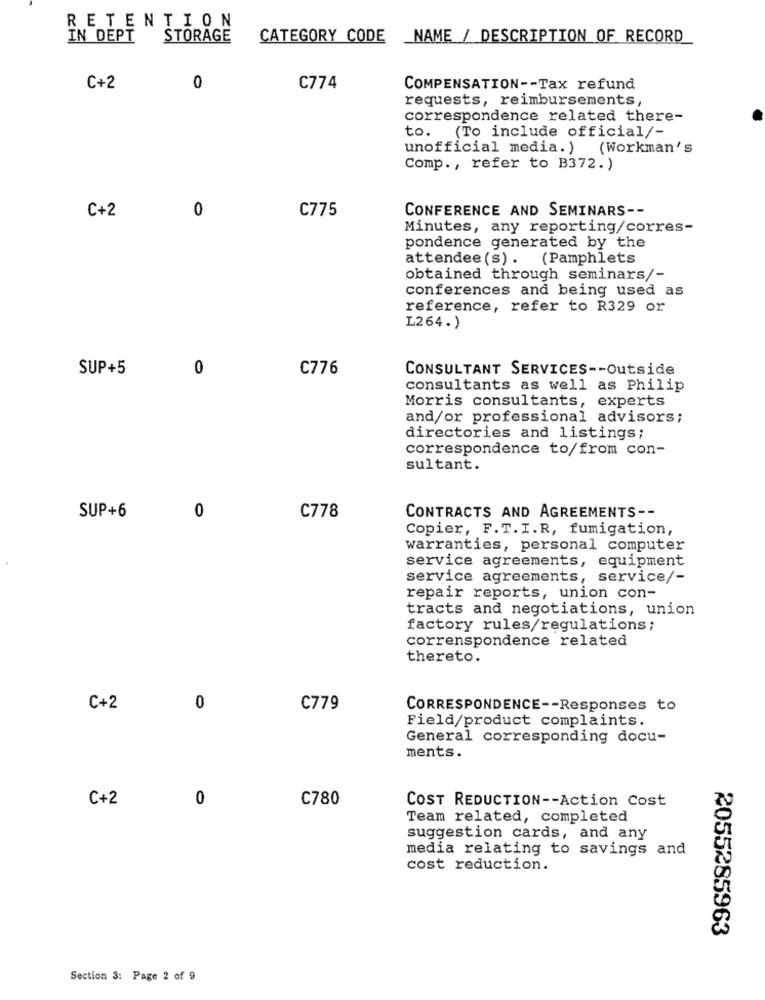
RETENTION
IN DEPT
STORAGE
CATEGORY CODE
NAME / DESCRIPTION OF RECORD
C+2
0
C774
COMPENSATION -- Tax refund
requests, reimbursements,
correspondence related there-
to. (To include official/-
unofficial media.) (Workman's
Comp ., refer to B372.)
0
C775
CONFERENCE AND SEMINARS --
C+2
Minutes, any reporting/corres-
pondence generated by the
attendee(s). (Pamphlets
obtained through seminars/-
conferences and being used as
reference, refer to R329 or
L264.)
SUP+5
0
C776
CONSULTANT SERVICES -- Outside
consultants as well as Philip
Morris consultants, experts
and/or professional advisors;
directories and listings;
correspondence to/from con-
sultant.
SUP+6
0
C778
CONTRACTS AND AGREEMENTS --
Copier, F.T. I.R, fumigation,
warranties, personal computer
service agreements, equipment
service agreements, service/-
repair reports, union con-
tracts and negotiations, union
factory rules/regulations;
correnspondence related
thereto.
C+2
0
C779
CORRESPONDENCE -- Responses to
Field/product complaints.
General corresponding docu-
ments.
C + 2
0
C780
COST REDUCTION -- Action Cost
Team related, completed
suggestion cards, and any
media relating to savings and
cost reduction.
2055285963
Section 3: Page 2 of 9